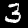
Label: 3